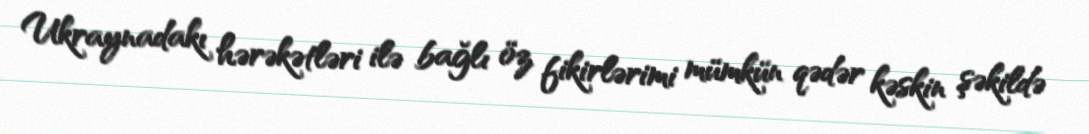
Ukraynadakı hərəkətləri ilə bağlı öz fikirlərimi mümkün qədər kəskin şəkildə